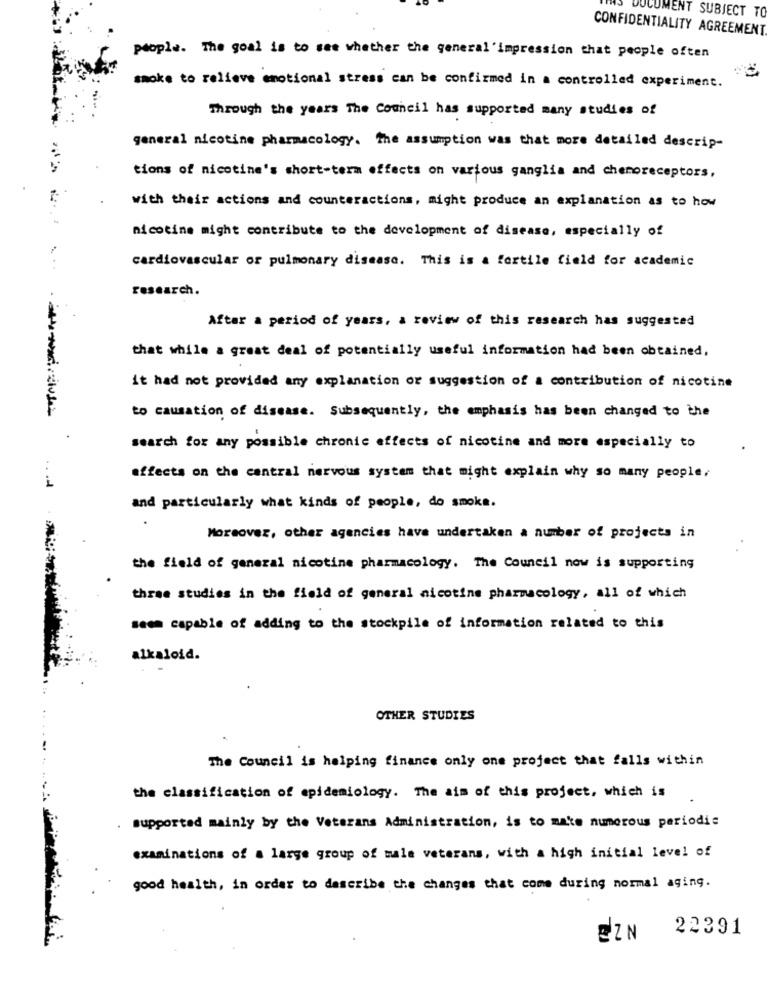
OCUMENT SUBJECT TO
CONFIDENTIALITY AGREEMENT.
people. The goal is to see whether the general 'impression that people often
smoke to relieve emotional stress can be confirmed in a controlled experiment.
Through the years The Council has supported many studies of
general nicotine pharmacology. The assumption was that more detailed descrip-
tions of nicotine's short-term effects on various ganglia and chemoreceptors,
with their actions and counteractions, might produce an explanation as to how
nicotine might contribute to the development of disease, especially of
cardiovascular or pulmonary disease. This is a fertile field for academic
research.
After a period of years, a review of this research has suggested
that while a great deal of potentially useful information had been obtained,
it had not provided any explanation or suggestion of a contribution of nicotine
to causation of disease. Subsequently, the emphasis has been changed to the
search for any possible chronic effects of nicotine and more especially to
effects on the central nervous system that might explain why so many people.
and particularly what kinds of people, do smoke.
Moreover, other agencies have undertaken a number of projects in
the field of general nicotine pharmacology. The Council now is supporting
three studies in the field of general nicotine pharmacology, all of which
seem capable of adding to the stockpile of information related to this
alkaloid.
OTHER STUDIES
The Council is helping finance only one project that falls within
the classification of epidemiology. The aim of this project, which is
supported mainly by the Veterans Administration, is to make numerous periodis
examinations of a large group of male veterans, with a high initial level of
good health, in order to describe the changes that come during normal aging.
22391
EZN